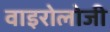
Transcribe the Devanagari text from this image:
वाइरोलोजी